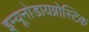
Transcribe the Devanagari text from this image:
इम्यूनोडायग्नोस्टिक